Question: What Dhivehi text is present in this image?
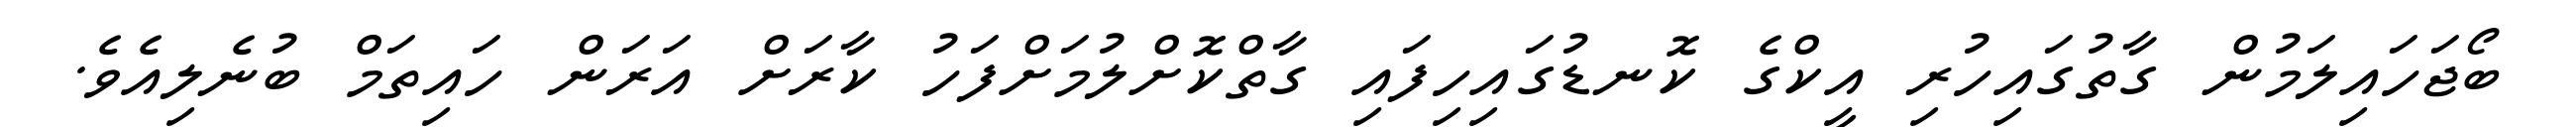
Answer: ބޯޖަހައިލަމުން ގާތުގައިހުރި އީކްގެ ކޮނޑުގައިހިފައި ގާތްކޮށްލުމަށްފަހު ކާރަށް އަރަން ހައިތަމް ބުނެލިއެވެ.